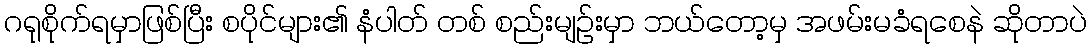
ဂရုစိုက်ရမှာဖြစ်ပြီး စပိုင်များ၏ နံပါတ် တစ် စည်းမျဉ်းမှာ ဘယ်တော့မှ အဖမ်းမခံရစေနဲ ဆိုတာပဲ